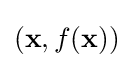
(\mathbf {x} ,f(\mathbf {x} ))